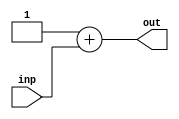
`timescale 1ns / 1ps
//////////////////////////////////////////////////////////////////////////////////
// Company: 
// Engineer: 
// 
// Design Name: 
// Module Name: adder
// Project Name: 
// Target Devices: 
// Tool Versions: 
// Description: 
// 
// Dependencies: 
// 
// Revision:
// Revision 0.01 - File Created
// Additional Comments:
// 
//////////////////////////////////////////////////////////////////////////////////


module adder(
    input[7:0] inp,
    output[7:0] out
    );
    
    assign out = 1 + inp;
endmodule